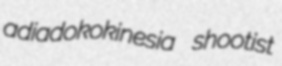
adiadokokinesia shootist